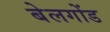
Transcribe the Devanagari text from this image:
बेलगोंड